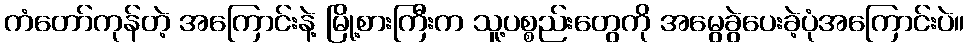
ကံတော်ကုန်တဲ့ အကြောင်းနဲ့ မြို့စားကြီးက သူ့ပစ္စည်းတွေကို အမွေခွဲပေးခဲ့ပုံအကြောင်းပဲ။